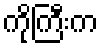
ကိုကြီးက